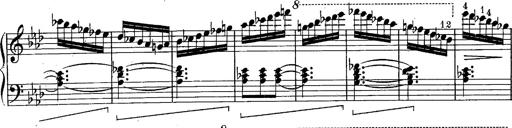
Title: Schubert's Impromptus [revised and edited by Franz Liszt]
Composer: Franz Liszt